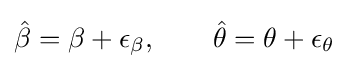
{\hat {\beta }}=\beta +\epsilon _{\beta },\quad \quad {\hat {\theta }}=\theta +\epsilon _{\theta }